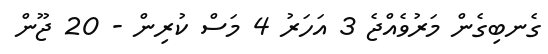
ގެނބިގެން މަރުވެއްޖެ 3 އަހަރު 4 މަސް ކުރިން - 20 ޖޫން